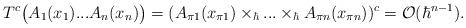
LaTeX: \begin{align*}T^c\bigl(A_1(x_1)...A_n(x_n)\bigr)=(A_{\pi 1}(x_{\pi 1})\times_\hbar...\times_\hbar A_{\pi n}(x_{\pi n}))^c={\cal O}(\hbar^{n-1}).\end{align*}